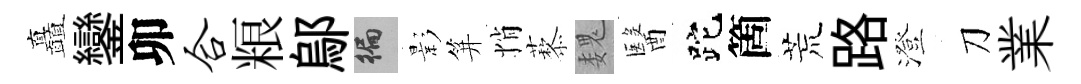
矗鑾卯合粮鄔徧影笄悄藜魏醫跎箇荒路澄刀業